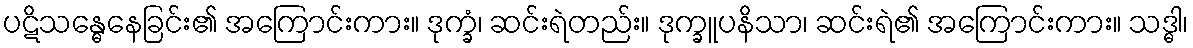
ပဋိသန္ဓေနေခြင်း၏ အကြောင်းကား။ ဒုက္ခံ၊ ဆင်းရဲတည်း။ ဒုက္ခူပနိသာ၊ ဆင်းရဲ၏ အကြောင်းကား။ သဒ္ဓါ၊